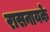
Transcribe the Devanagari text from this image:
रासनायके